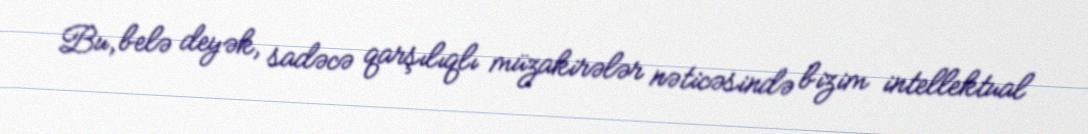
Bu, belə deyək, sadəcə qarşılıqlı müzakirələr nəticəsində bizim intellektual